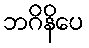
ဘဂိနိပေ